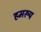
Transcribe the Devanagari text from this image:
हमरूप